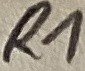
Text: R1